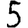
Digit: 5